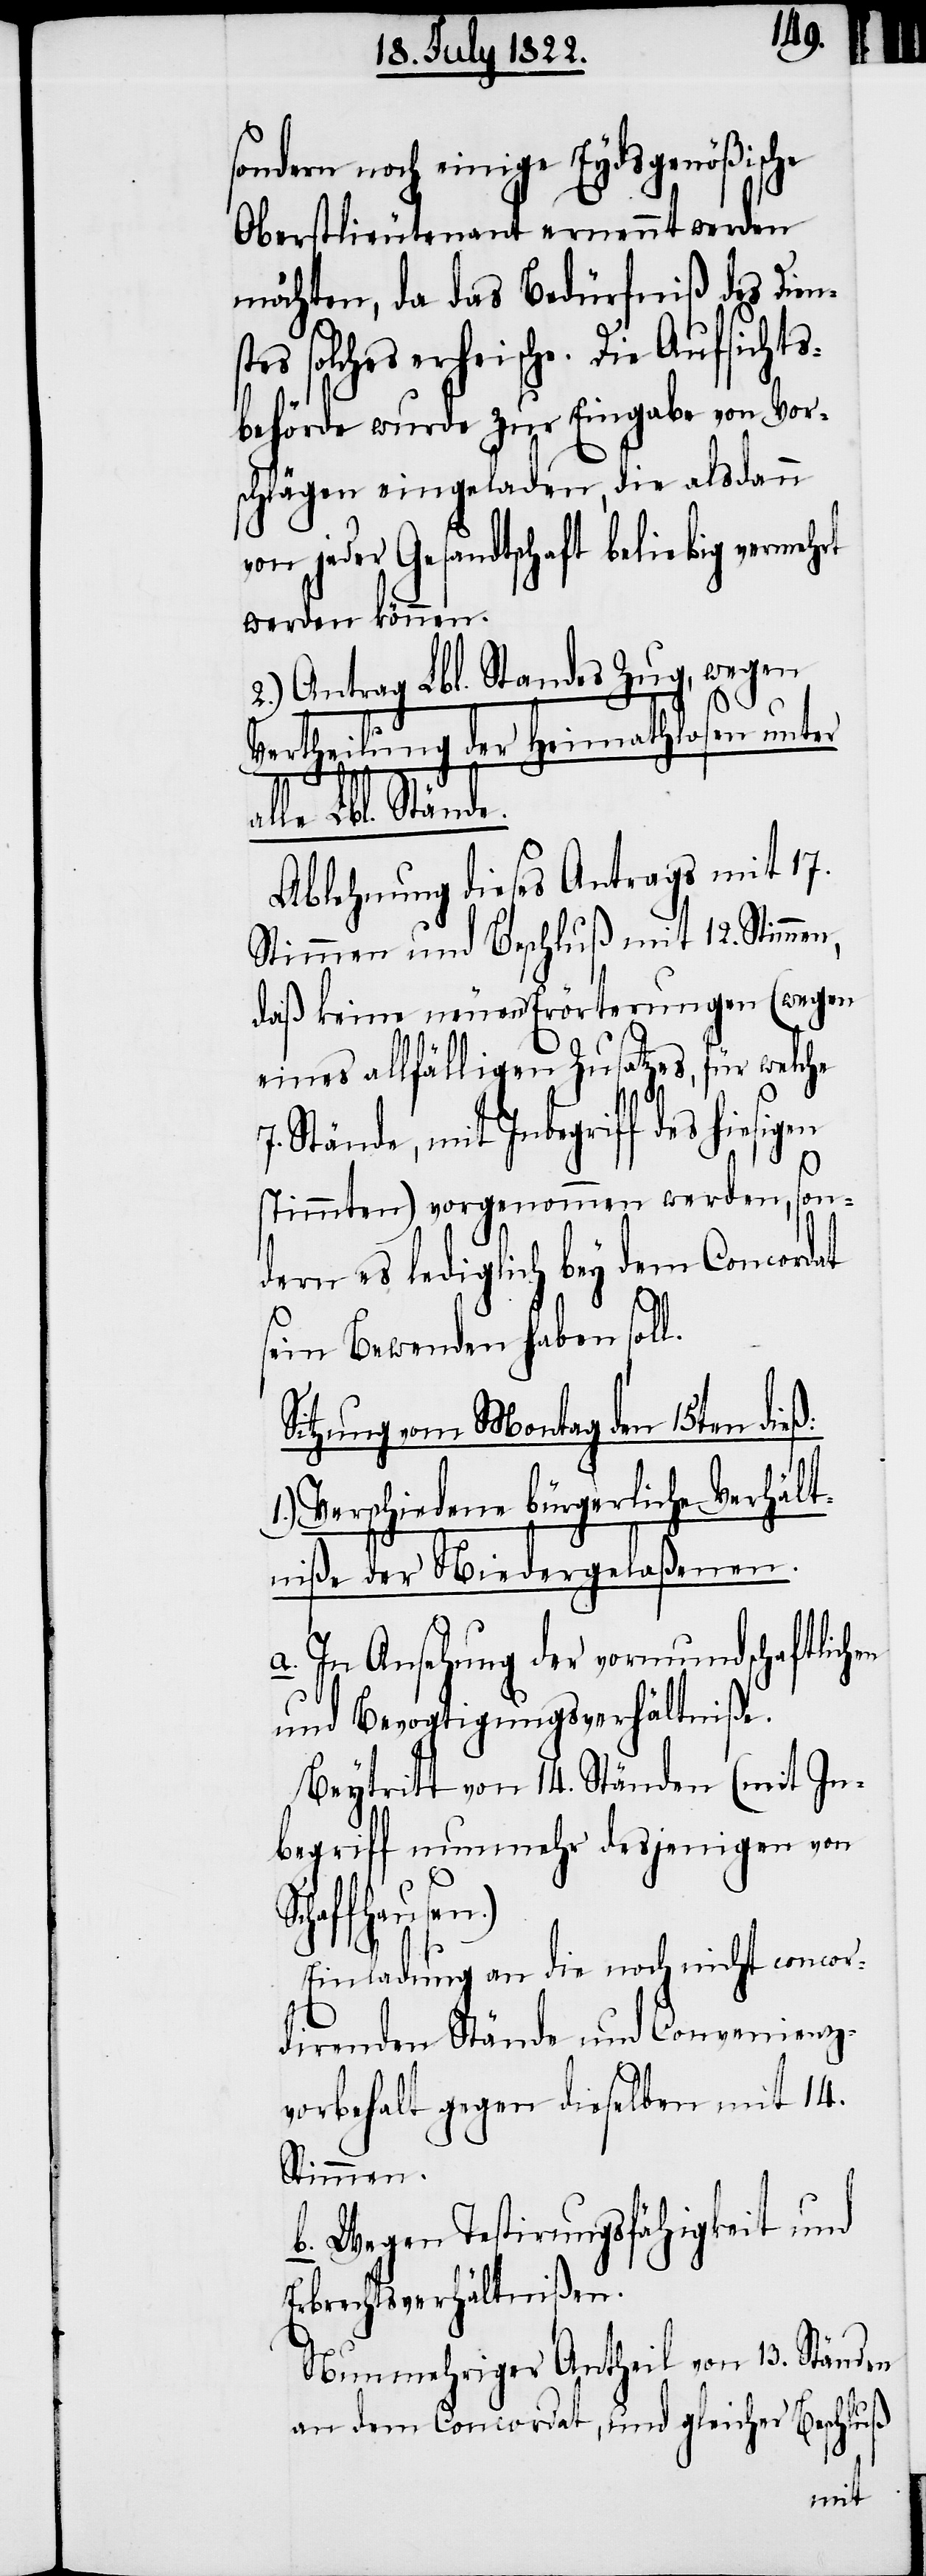
al¬
sondern noch einige Eydsgenößische
Oberstlieutnant ernennt werden
möchten, da das Bedürfniß des Dien¬
solches erheische. Die Aufsichts¬
behörde wurde zur Eingabe von Vor¬
schlägen eingeladen, die alsdann
von jeder Gesandtschaft beliebig vermehrt
werden können.
2.) Antrag Lbl. Standes Zug, wegen
Vertheilung der Heimathlosen unter
le Lbl. Stände.
Ablehnung dieses Antrags mit 17.
Stimmen und Beschluß mit 12. Stimmen,
daß keine neuen Erörterungen (wegen
eines allfälligen Zusatzes, für welche
Stände, mit Inbegriff des hiesi¬
en
stimmten) vorgenommen werden, son¬
dern es lediglich bey dem Concordat
sein Bewenden haben soll.
Sitzungen vom Montag den 15ten dieß:
Verschiedene bürgerliche Verhält¬
niße der Niedergelaßenen.
a. In Ansehung der vormundschaftlich¬
und Bevogtigungsverhältniße.
Beytritt von 14. Ständen (mit In¬
begriff nunmehr desjenigen von
Schaffhausen.)
Einladung an die noch nicht concor¬
direnden Stände und Convenienz¬
vorbehalt gegen dieselben mit 14.
Stimmen.
b. Wegen Testirungsfähigkeit und
Erbrechtsverhältnißen.
Nunmehriger Antheil von 13. Ständen
an dem Concordat, und gleicher Beschluß